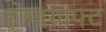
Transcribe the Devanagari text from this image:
होमाग्राफ्ट